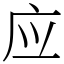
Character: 应